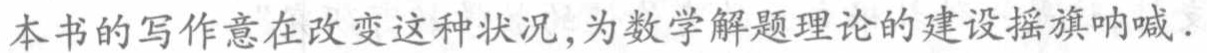
本书的写作意在改变这种状况,为数学解题理论的建设摇旗呐喊.